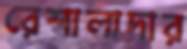
রেশালাদার